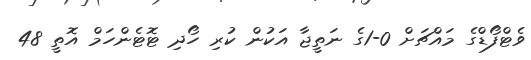
ވެޓްފޯޑްގެ މައްޗަށް 0-1ގެ ނަތީޖާ އަކުން ކުރި ހޯދި ޓޮޓެންހަމް އޮތީ 48